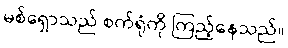
မစ်ရှောသည် စက်ရုံကို ကြည့်နေသည်။